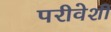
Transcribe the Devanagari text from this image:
परीवेशी